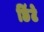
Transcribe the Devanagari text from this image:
छिंटे